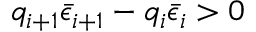
q _ { i + 1 } \bar { \epsilon } _ { i + 1 } - q _ { i } \bar { \epsilon } _ { i } > 0